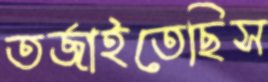
তর্জাইতেছিস